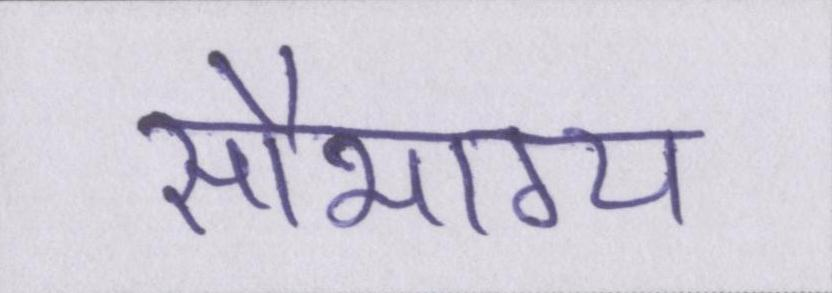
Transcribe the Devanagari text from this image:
सौभाग्य